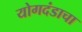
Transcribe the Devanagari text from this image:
योगदंडाचा